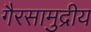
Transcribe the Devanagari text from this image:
गैरसामुद्रीय